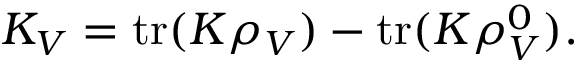
K _ { V } = \mathrm { t r } ( K \rho _ { V } ) - \mathrm { t r } ( K \rho _ { V } ^ { 0 } ) .